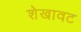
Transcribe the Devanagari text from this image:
शेखावट